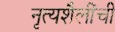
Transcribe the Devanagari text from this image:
नृत्यशैलींची